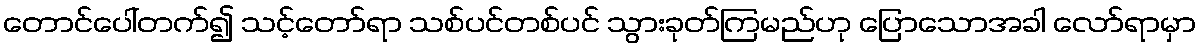
တောင်ပေါ်တက်၍ သင့်တော်ရာ သစ်ပင်တစ်ပင် သွားခုတ်ကြမည်ဟု ပြောသောအခါ လော်ရာမှာ